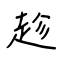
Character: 趁